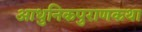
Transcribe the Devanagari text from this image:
आधुनिकपुराणकथा